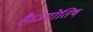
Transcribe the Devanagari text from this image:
है।ज्योतिष